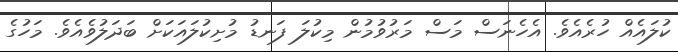
ކުލައެއް ހުރެއެވެ. އެހެނަސް މަސް މަރުވުމުން މިކުލަ ފަނޑު މުށިކުލައަކަށް ބަދަލުވެއެވެ. މަހުގެ